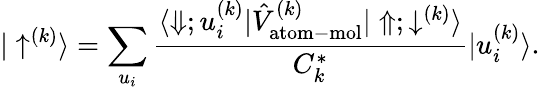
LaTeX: |\uparrow^{(k)}\rangle=\sum_{u_{i}}\frac{\langle\Downarrow;u_{i}^{(k)}|\hat{V}_{\mathrm{atom-mol}}^{(k)}|\Uparrow;\downarrow^{(k)}\rangle}{C_{k}^{*}}|u_{i}^{(k)}\rangle.